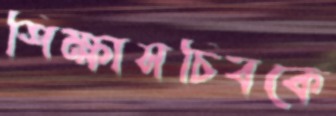
শিক্ষাসচিবকে